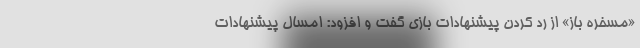
«مسخره باز» از رد کردن پیشنهادات بازی گفت و افزود: امسال پیشنهادات